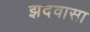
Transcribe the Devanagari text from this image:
झदवासा